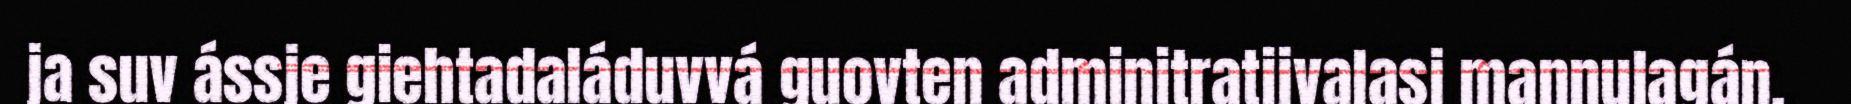
ja suv ássje giehtadaláduvvá guovten adminitratijvalasj mannulagán.